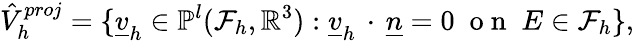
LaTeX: \hat{V}_{h}^{proj}=\{ \underline{{v}}_{h}\in\mathbb{P}^{l}(\mathcal{F}_{h},\mathbb{R}^{3}):\underline{{v}}_{h}\, \cdot\, \underline{{n}}=0\; \mathrm{~o~n~}\; E\in\mathcal{F}_{h}\} ,